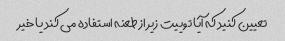
تعیین کنید که آیا توییت زیر از طعنه استفاده می کند یا خیر